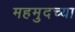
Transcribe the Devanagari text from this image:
महमुदच्या